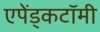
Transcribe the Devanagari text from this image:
एपेंड्कटॉमी